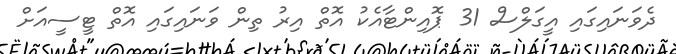
ދެވަނައިގައި އީގަލްސް 31 ޕޮއިންޓާއެކު އޮތް އިރު ތިން ވަނައިގައި އޮތް ޓީސީއަށް